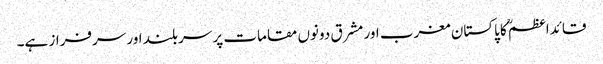
قائداعظمؒ کا پاکستان مغرب اور مشرق دونوں مقامات پر سربلند اور سرفراز ہے۔